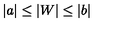
\vert a \vert \le \vert W \vert \le \vert b \vert